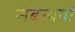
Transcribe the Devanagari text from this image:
संबत्ययों